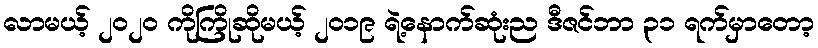
လာမယ့် ၂၀၂၀ ကိုကြိုဆိုမယ့် ၂၀၁၉ ရဲ့နောက်ဆုံးည ဒီဇင်ဘာ ၃၁ ရက်မှာတော့